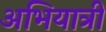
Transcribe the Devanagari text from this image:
अभियात्री